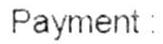
PAYMENT: